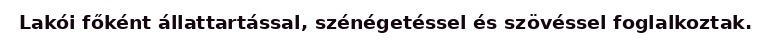
Lakói főként állattartással, szénégetéssel és szövéssel foglalkoztak.